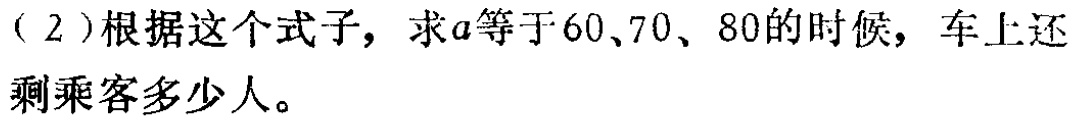
（2）根据这个式子，求\(a\)等于\(60\)、\(70\)、\(80\)的时候，车上还剩乘客多少人。